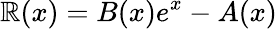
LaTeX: \mathbb{R}(x)=B(x)e^{x}-A(x)